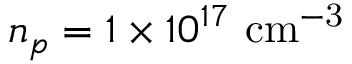
n _ { p } = 1 \times 1 0 ^ { 1 7 } \mathrm { \ c m ^ { - 3 } }